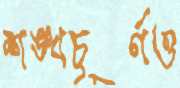
শঙ্খচূর্ণও